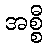
အစ္စီ